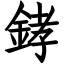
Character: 﨧